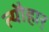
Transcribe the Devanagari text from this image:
त्यौहार्